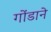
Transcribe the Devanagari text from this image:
गोंडाने